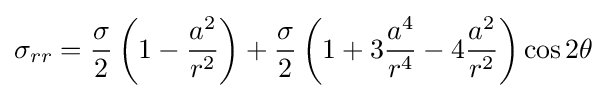
\sigma _{rr}={\frac {\sigma }{2}}\left(1-{\frac {a^{2}}{r^{2}}}\right)+{\frac {\sigma }{2}}\left(1+3{\frac {a^{4}}{r^{4}}}-4{\frac {a^{2}}{r^{2}}}\right)\cos 2\theta